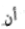
أن